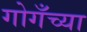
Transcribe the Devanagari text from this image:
गोगँच्या